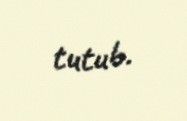
tutub.